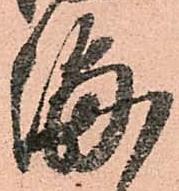
海